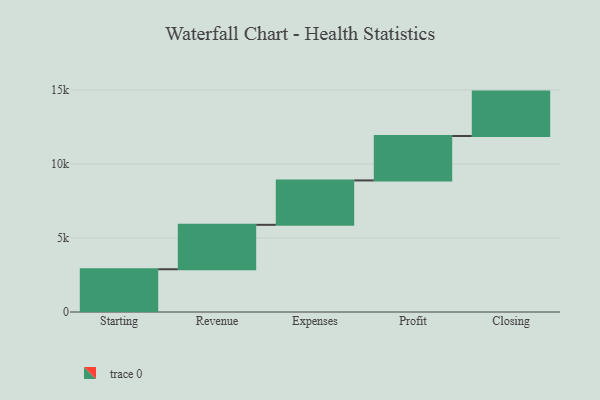
{"axis": {"x": "Step", "y": "Value"}, "legend": [""], "data": [{"x": "Starting", "y": 2888.0, "type": ""}, {"x": "Revenue", "y": 3000, "type": ""}, {"x": "Expenses", "y": 3000, "type": ""}, {"x": "Profit", "y": 3000, "type": ""}, {"x": "Closing", "y": 3000, "type": ""}]}